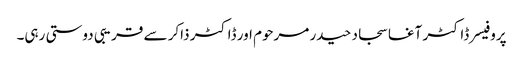
پروفیسر ڈاکٹر آغا سجاد حیدر مرحوم اور ڈاکٹر ذاکر سے قریبی دوستی رہی۔